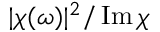
| \chi ( \omega ) | ^ { 2 } / \operatorname { I m } \chi